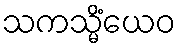
သကသ္မိံယေဝ